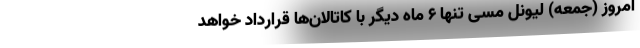
امروز (جمعه) لیونل مسی تنها ۶ ماه دیگر با کاتالان‌ها قرارداد خواهد